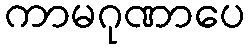
ကာမဂုဏာပေ